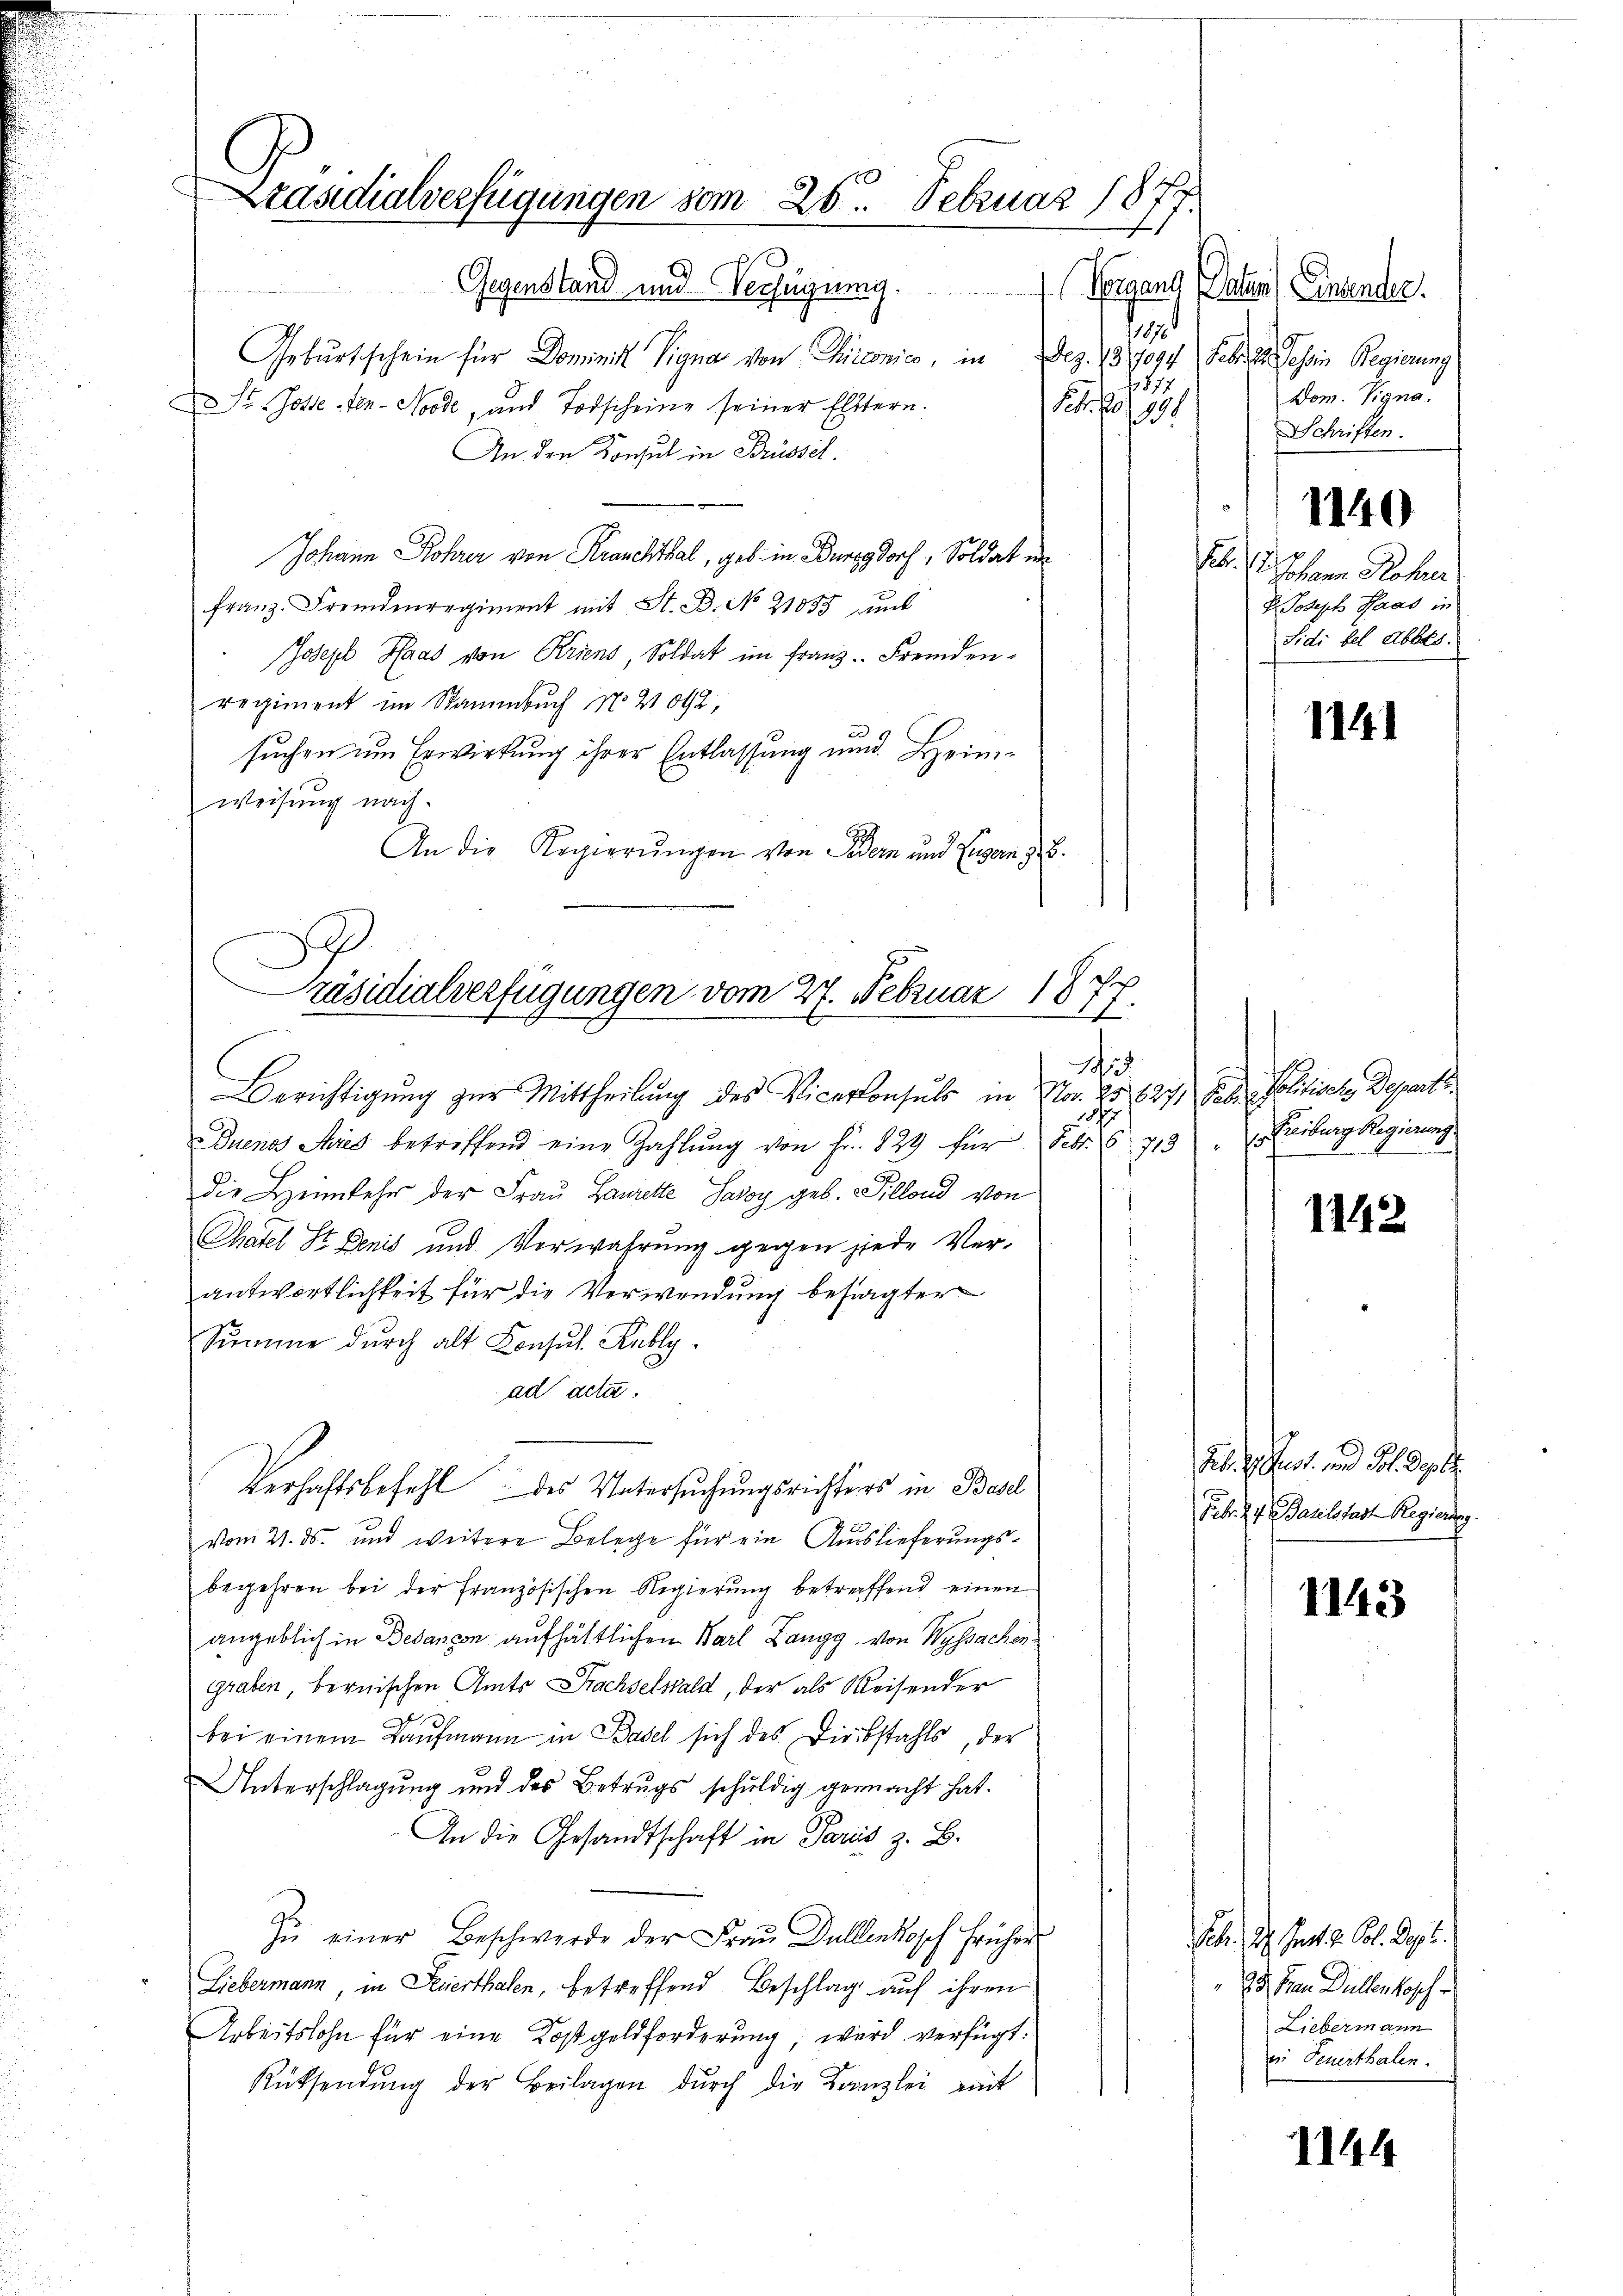
Präsidialverfügungen vom 26. Februar 1877.

.
räsidialverfügungen vom 27. Februar 1877.

Dez. 189094. Febr. Jahren Regierung
Dom. Vigna
Schriften.
1140
Eb. 1. Johann Rohre
P. Joseph Haas in
Sidi bel Ables.

Gegenstand und Verfügung. (Vorgang Natur) Einsender.
1187
Geburtschein für Domini Signa von Chironico, in
1877
f
St. Gotte der Norde, und Todscheine seiner Eltern.
19.
An den Konsul in Brüssel
Johann Rohrer von Kranchthal, geb. in Burgdorf, Soldat in
franz. Fremdenregiment mit St. B. No 21035 und
Joseph Haas von Kriens, Soldat im Franz. Fremdenregiment im Stammbuch No 21092,
2
suchen um Erwirkung ihrer Entlassung und Heimweisung nach.
An die Regierungen von Seider und Eigen 38.
A
Berichtigung zur Mittheilung des Vicekonsuls in Nr. 25. 627, Gebra Politische Departs
187
Duenos Aires betreffend eine Zahlŭng von Fr. 829 für Febr. 6 713 " Freiburg Regierung.
die Heimkehr der Frau Laurette Savoy geb. Gillond von
.
Chatel St. Denis und Verwahrung gegen jede Ver-
antwortlichkeit für die Verwendung befragter
Summe durch alt Konsul Kubly.
ad acta.
Verhaftsbefehl des Untersuchungsrichters in Basel
vom 21. ds. und weitere Belege für ein Auslieferungsbegehren bei der französischen Regierung betreffend einen
angeblich in Besançon aufhältlichen Warl Zangg, von Wyssachen
Graben, bernischen Amts Prachselwald, der als Reisender
bei einem Kaufmann in Basel sich des Diebstahls, der
Unterschlagung und des Betrugs schŭldig gemacht hat.
An die Gesandtschaft in Paris z. B.
Zŭ einer Beschwerde der Frau Dullenkopf früher
Liebermann, in Feuerthalen, betreffend Beschlag auf ihren
Arbeitslohn für eine Kostgeldforderung, wird verfügt:
Rücksendŭng der Beilagen durch die Kanzlei mit

1141

1142

2t. h. Rest und St. Vgl.
Feb. 2. Paulstadt Regierung.

1143

Sch. Da hat v. Col. Sept.
25 Frau Düllenkosche
Liebermann
ei Feuerthalen.

1144